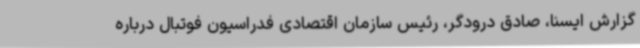
گزارش ایسنا، صادق درودگر، رئیس سازمان اقتصادی فدراسیون فوتبال درباره